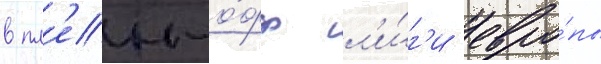
в пл'еи-о́фф л'и́г'и евро́пы